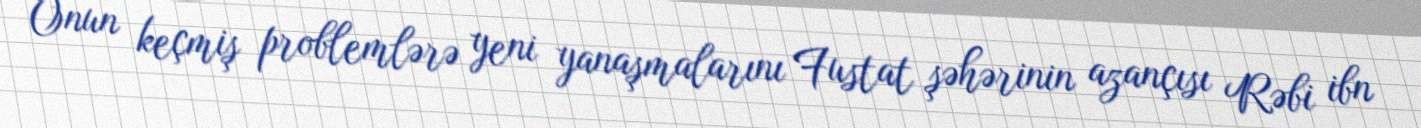
Onun keçmiş problemlərə yeni yanaşmalarını Fustat şəhərinin azançısı Rəbi ibn